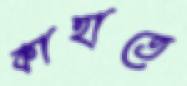
কাহাতে